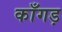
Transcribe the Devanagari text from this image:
काँगड़